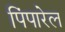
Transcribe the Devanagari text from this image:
पिंपारेल